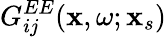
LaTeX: G_{ij}^{EE}(\mathbf{x},\omega;\mathbf{x}_{s})